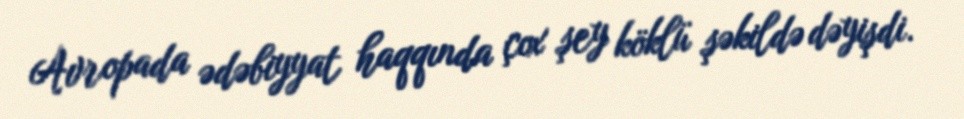
Avropada ədəbiyyat haqqında çox şey köklü şəkildə dəyişdi.